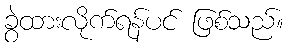
ခွဲထားလိုက်ရန်ပင် ဖြစ်သည်။